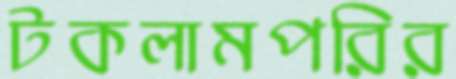
টকলামপরির